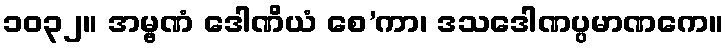
၁၀၃၂။ အမ္ဗဏံ ဒေါဏိယံ စေ’ကာ၊ ဒသဒေါဏပ္ပမာဏကေ။